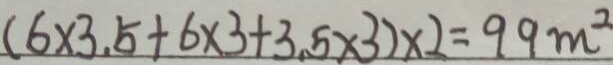
( 6 \times 3 . 5 + 6 \times 3 + 3 . 5 \times 3 ) \times 2 = 9 9 m ^ { 2 }